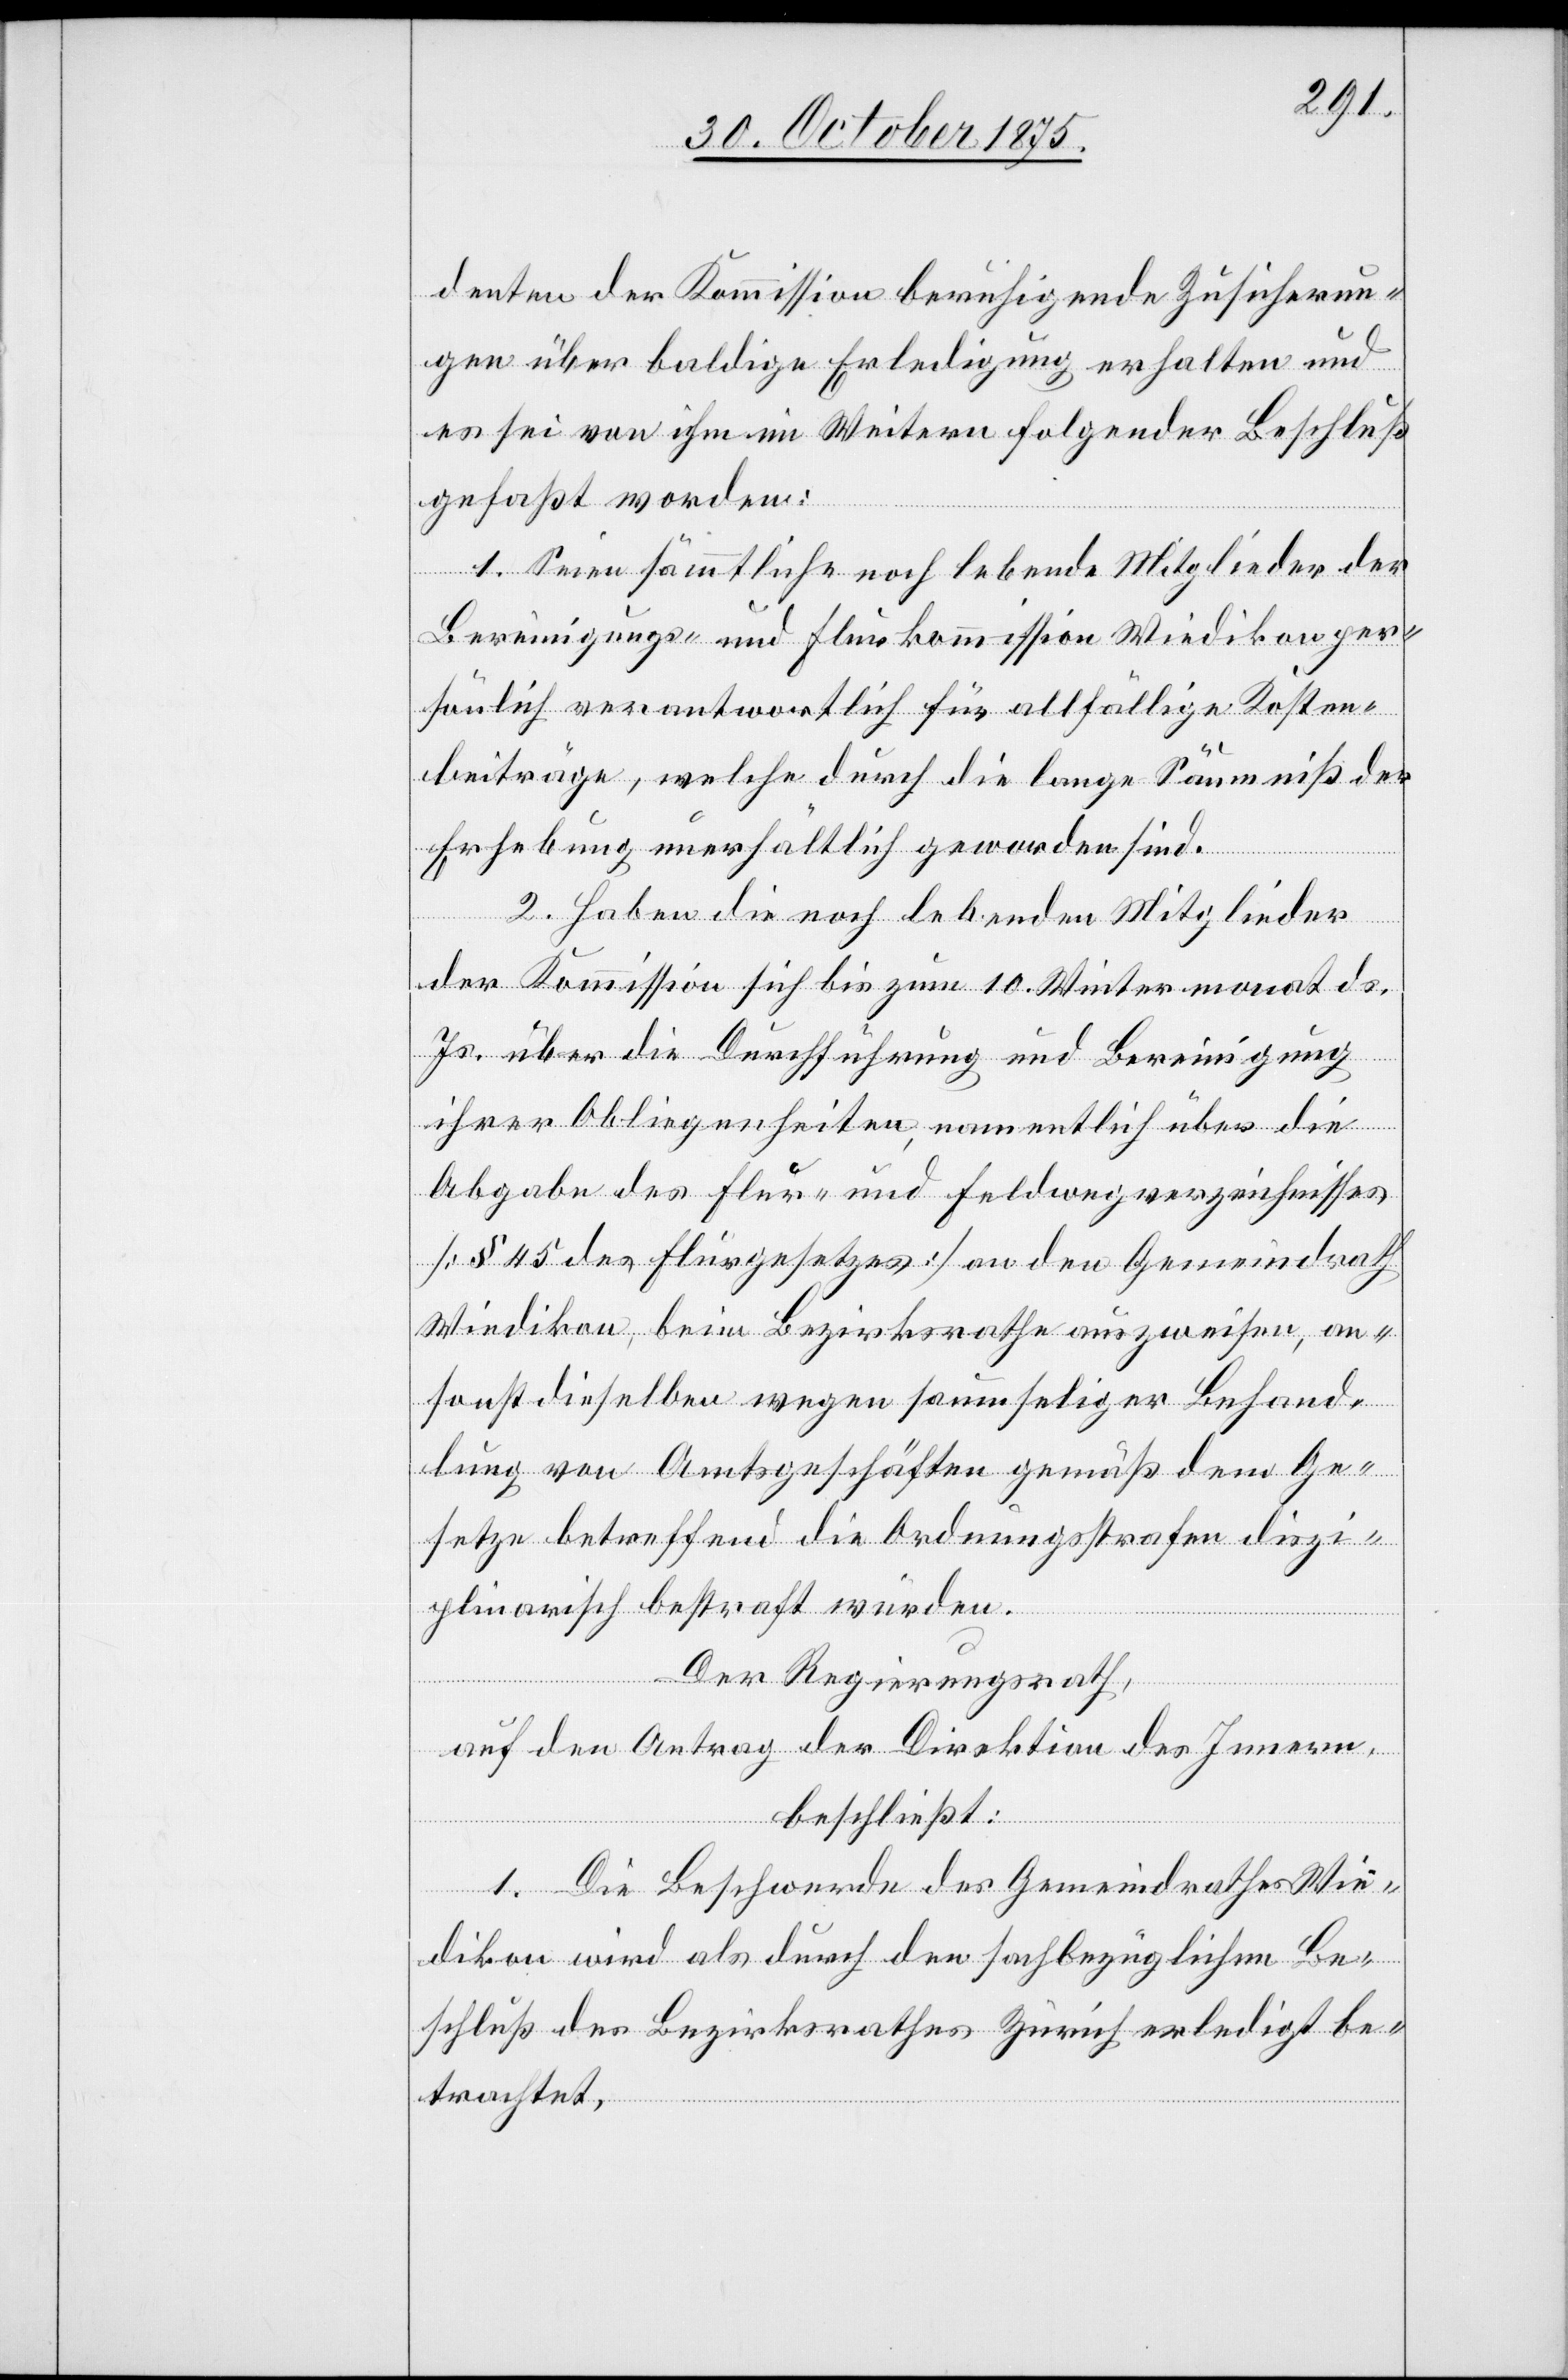
denten der Kommission beruhigende Zusicherun¬
gen über baldige Erledigung erhalten und
es sei von ihm im Weitern folgender Beschluß
gefaßt worden:
1. Seien sämmtliche noch lebende Mitglieder der
Bereinigungs- und Flurkommission Wiedikon per¬
sönlich verantwortlich für allfällige Kosten¬
beiträge, welche durch die lange Säumniß der
Erhebung unerhältlich geworden sind.
2. Haben die noch lebenden Mitglieder
der Kommission sich bis zum 10. Wintermonat d.
Js. über die Durchführung und Bereinigung
ihrer Obliegenheiten, namentlich über die
Abgabe des Flur- und Feldwegverzeichnisses
[§ 45 des Flurgesetzes] an den Gemeindrath
Wiedikon, beim Bezirksrathe auszuweisen, an¬
sonst dieselben wegen saumseliger Behand¬
lung von Amtsgeschäften gemäß dem Ge¬
setze betreffend die Ordnungsstrafen diszi¬
plinarisch bestraft würden.
Der Regierungsrath,
auf den Antrag der Direktion des Innern,
beschließt:
1. Die Beschwerde des Gemeindrathes Wie¬
dikon wird als durch den sachbezüglichen Be¬
schluß des Bezirksrathes Zürich erledigt be¬
trachtet.